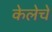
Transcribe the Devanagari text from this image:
केलेचे